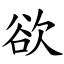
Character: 欲